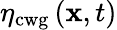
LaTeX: \eta_{\mathrm{{cwg}}}\left(\mathbf{x},t\right)